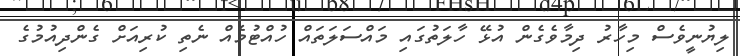
ލިޔުނީވެސް މިހާރު ދިމާވެގެން އުޅޭ ހާލަތުގައި މައްސަލަތައް ހުއްޓުމެއް ނެތި ކުރިއަށް ގެންދިއުމުގެ